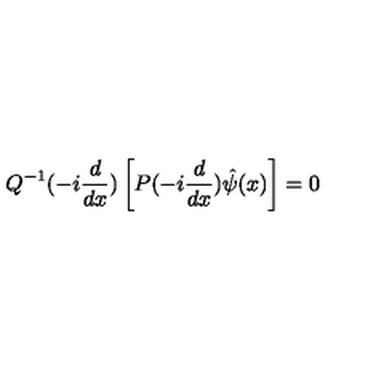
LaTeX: Q ^ { - 1 } ( - i \frac { d } { d x } ) \left[ P ( - i \frac { d } { d x } ) \hat { \psi } ( x ) \right] = 0